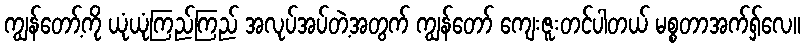
ကျွန်တော့်ကို ယုံယုံကြည်ကြည် အလုပ်အပ်တဲ့အတွက် ကျွန်တော် ကျေးဇူးတင်ပါတယ် မစ္စတာအက်ရှ်လေ။